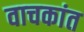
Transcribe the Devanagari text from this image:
वाचकांत